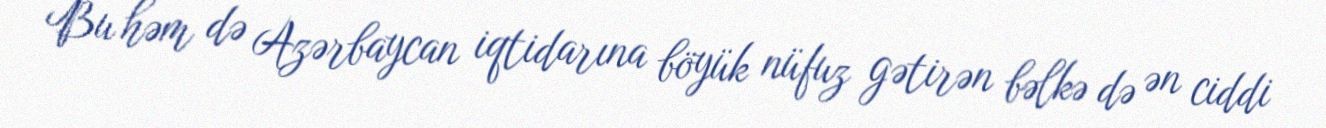
Bu həm də Azərbaycan iqtidarına böyük nüfuz gətirən bəlkə də ən ciddi